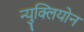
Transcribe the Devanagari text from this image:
न्युक्लियोन